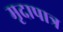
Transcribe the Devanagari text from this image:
मृदापात्र